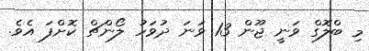
މި ބްލޮގް ވަނީ ޖޫން 13 ވަނަ ދުވަހު ލޯންޗް ކޮށްފަ އެވެ.